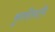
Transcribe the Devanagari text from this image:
कुलंदैसामि